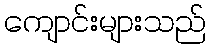
ကျောင်းများသည်